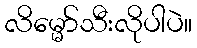
လိမ္မော်သီးလိုပါပဲ။